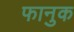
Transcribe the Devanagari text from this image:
फानुक